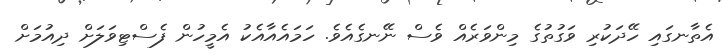
އެތާނގައި ހޭދަކުރި ވަގުތުގެ މިންވަރެއް ވެސް ނޭނގެއެވެ. ހަމައެއާއެކު އެމީހުން ފެސްޓިވަލަށް ދިއުމަށް